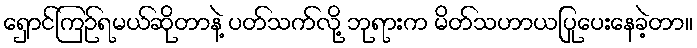
ရှောင်ကြဉ်ရမယ်ဆိုတာနဲ့ ပတ်သက်လို့ ဘုရားက မိတ်သဟာယပြုပေးနေခဲ့တာ။